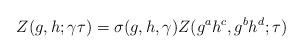
LaTeX: \begin{align*}Z(g,h;\gamma\tau)= \sigma(g,h,\gamma) Z(g^ah^c,g^bh^d;\tau)\end{align*}